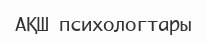
АҚШ психологтары